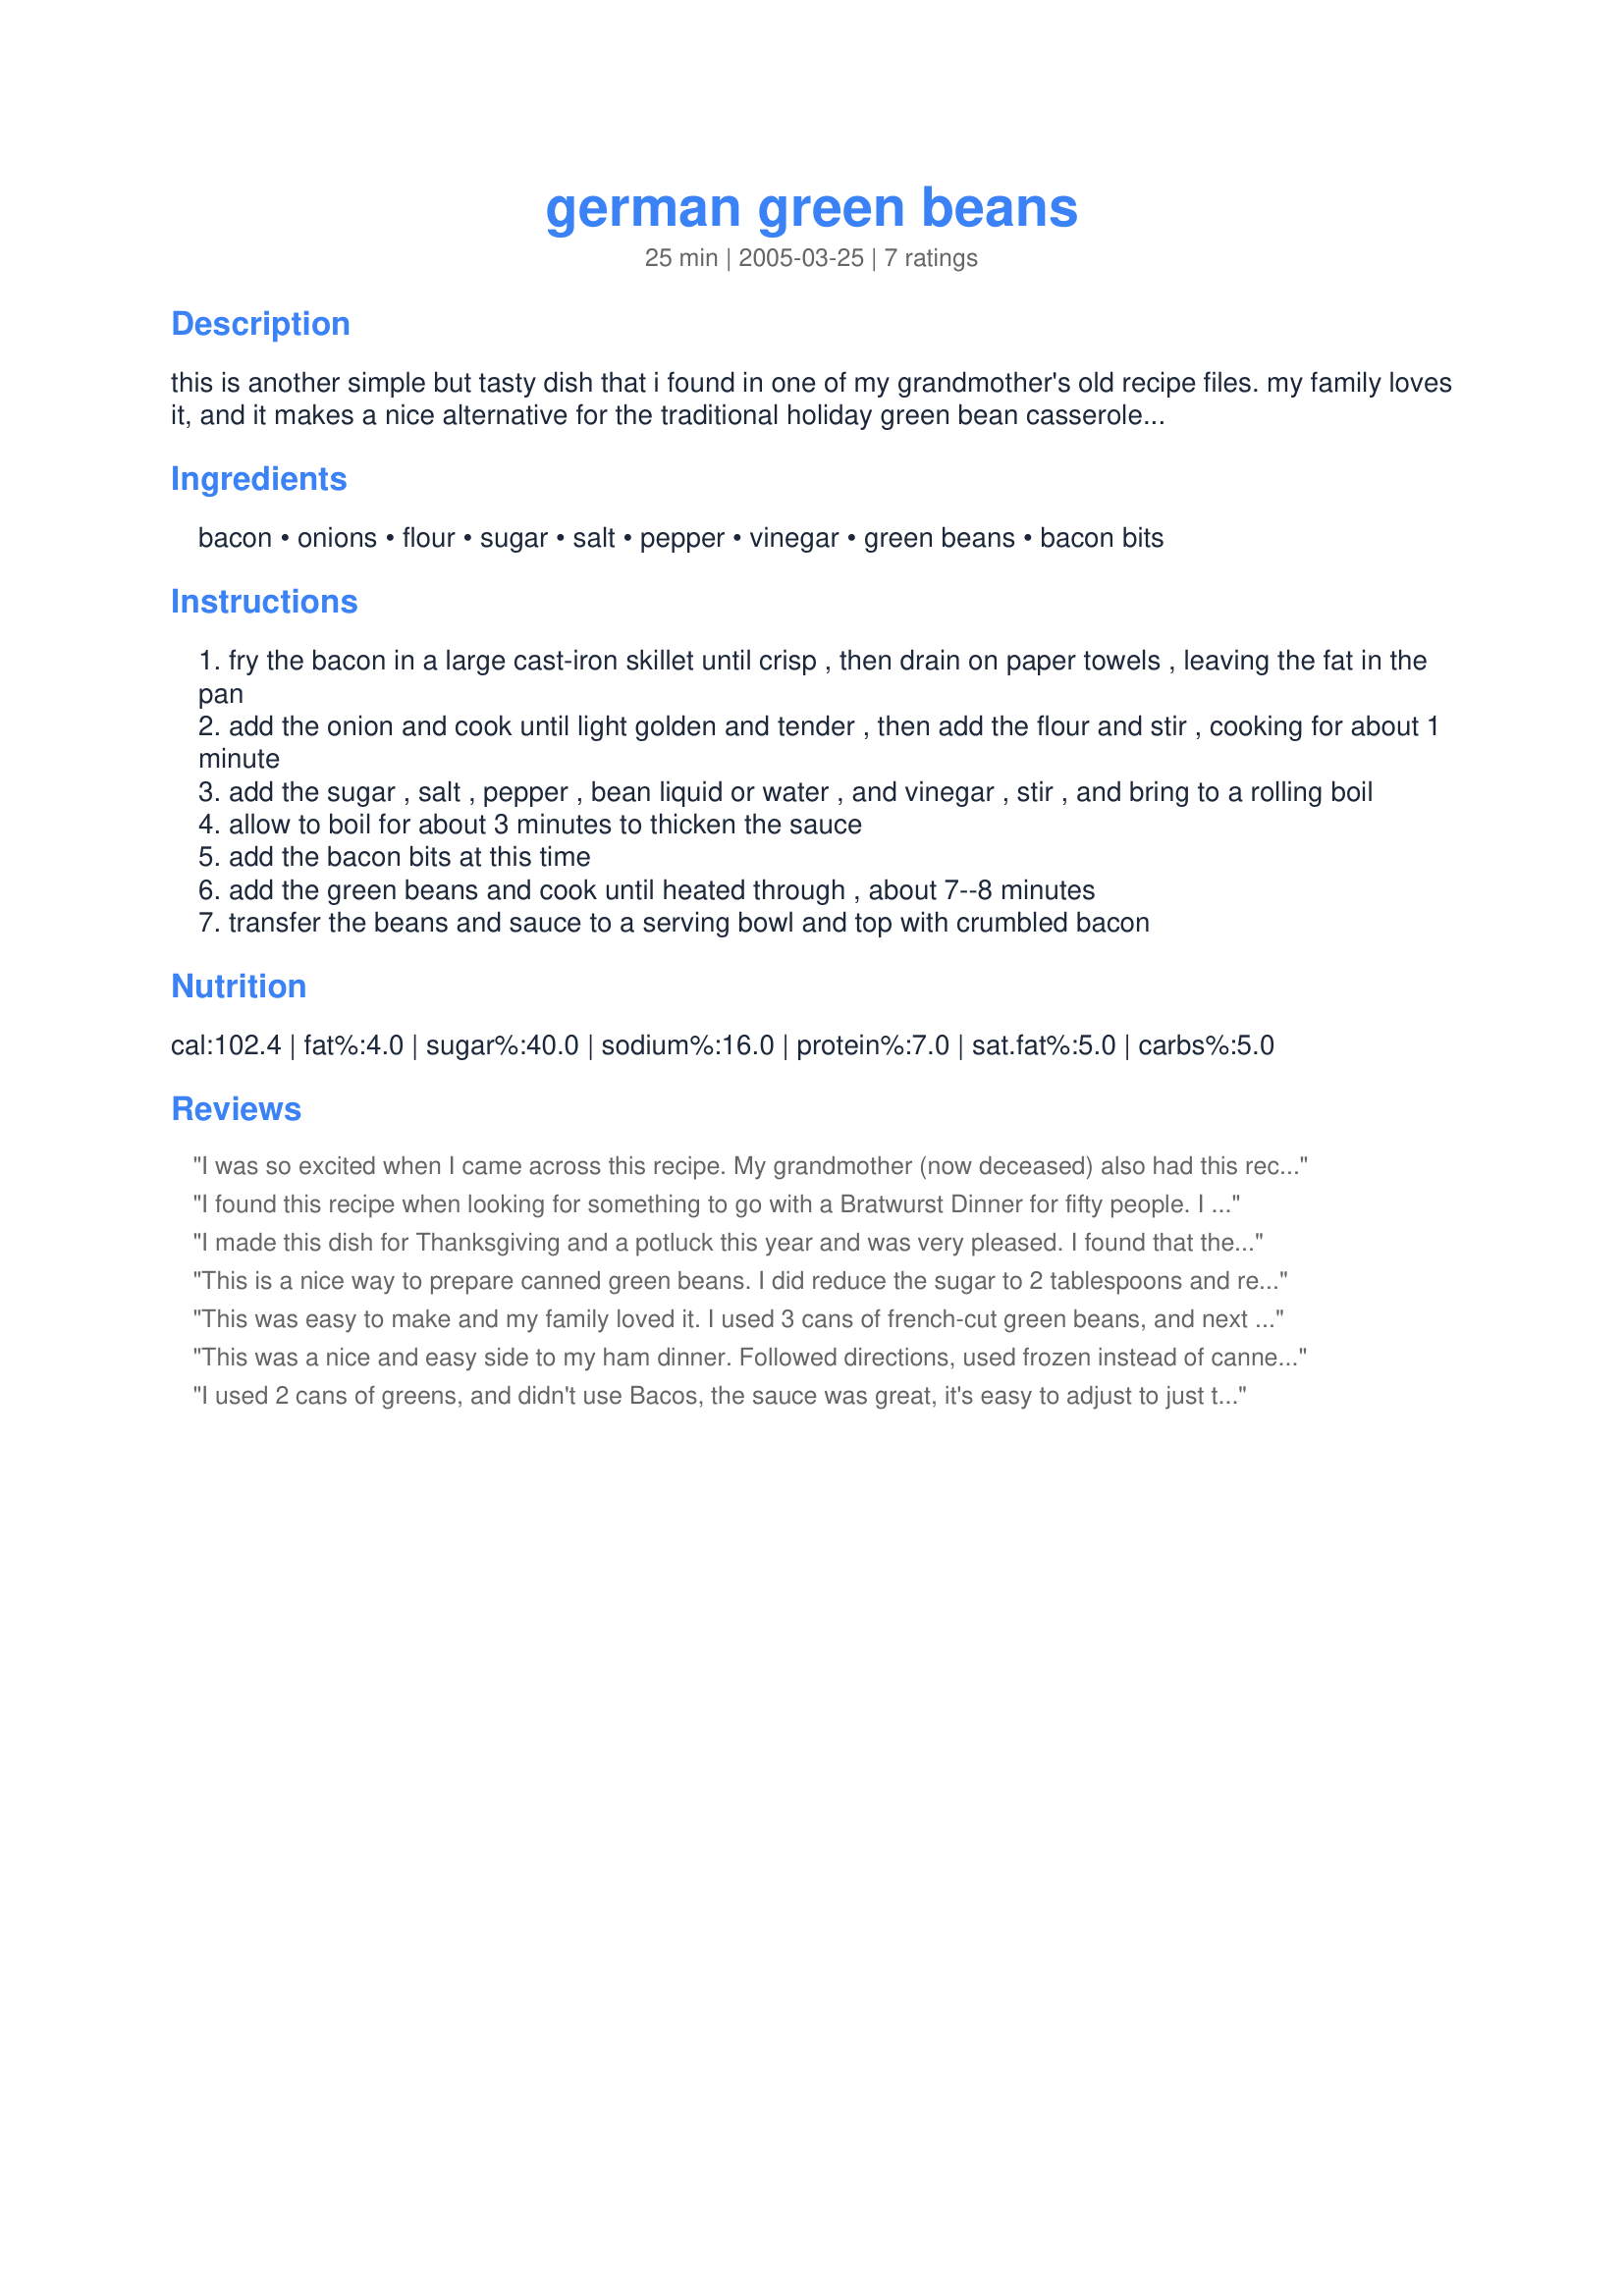
german green beans
Preparation time: 25 minutes

this is another simple but tasty dish that i found in one of my grandmother's old recipe files. my family loves it, and it makes a nice alternative for the traditional holiday green bean casserole. it's good all year long, but especially when the weather turns cool.

Ingredients:
bacon, onions, flour, sugar, salt, pepper, vinegar, green beans, bacon bits

Steps:
fry the bacon in a large cast-iron skillet until crisp , then drain on paper towels , leaving the fat in the pan
add the onion and cook until light golden and tender , then add the flour and stir , cooking for about 1 minute
add the sugar , salt , pepper , bean liquid or water , and vinegar , stir , and bring to a rolling boil
allow to boil for about 3 minutes to thicken the sauce
add the bacon bits at this time
add the green beans and cook until heated through , about 7--8 minutes
transfer the beans and sauce to a serving bowl and top with crumbled bacon

Reviews:
I was so excited when I came across this recipe. My grandmother (now deceased) also had this recipe, but it was lost a few years ago. I made it for thanksgiving and it brought back so many good memories! The recipe is delicious just as it is.
I found this recipe when looking for something to go with a Bratwurst Dinner for fifty people. I tried it at home, liked it, then made it for the group. It was the most asked for recipe of the weekend. I cut the vinegar by about 1/3, did not use the bacos and stirred the crumbled bacon in at the last minute.
I made this dish for Thanksgiving and a potluck this year and was very pleased. I found that the vinegar taste was a bit overwhelming for me so the second time, I only used 1/4 cup of vinegar which made a big difference. Thanks for the recipe!
This is a nice way to prepare canned green beans. I did reduce the sugar to 2 tablespoons and reduce the cider vinegar to 1/4 cup. I might try white wine vinegar next time. I was a little confused that the recipe calls for 4 strips of bacon as well as 1/4 cup bacon bits in the ingredient list. I only used the 4 strips of bacon and omitted the bacon bits.
This was easy to make and my family loved it. I used 3 cans of french-cut green beans, and next time I will make sure to drain them well, as the extra juice made it a little runny. I'll bet it would be good with a mixture of green beans and those yellow wax beans. Definitely a keeper.
This was a nice and easy side to my ham dinner. Followed directions, used frozen instead of canned (what was on hand). Didn't use the baco's. Had bacon left over from breakfast so i used that up. (about 6-7 pieces cut up). Will make again.
I used 2 cans of greens, and didn't use Bacos, the sauce was great, it's easy to adjust to just the flavor your family likes. Also, used Onion powder in place of onion/dried onion with no problem. My family loved it!
